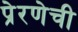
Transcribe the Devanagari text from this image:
प्रेरणेची